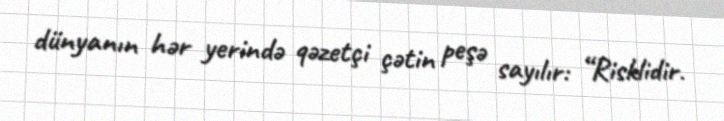
dünyanın hər yerində qəzetçi çətin peşə sayılır: “Risklidir.